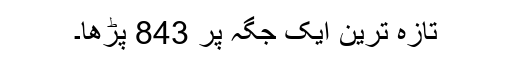
تازہ ترین ایک جگہ پر 843 پڑھا۔